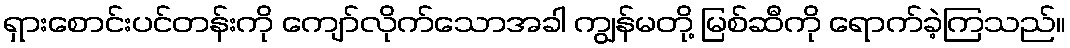
ရှားစောင်းပင်တန်းကို ကျော်လိုက်သောအခါ ကျွန်မတို့ မြစ်ဆီကို ရောက်ခဲ့ကြသည်။